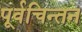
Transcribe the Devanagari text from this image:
पूर्वचिन्तन